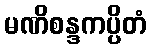
မဏိစန္ဒကပ္ပိတံ